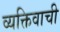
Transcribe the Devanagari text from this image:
व्यक्तिवाची